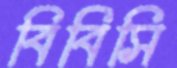
বিবিসি